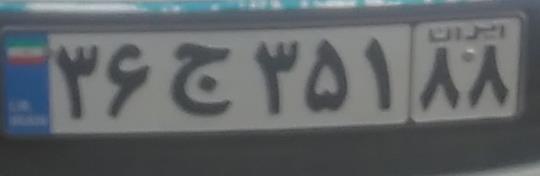
۳۶ج۳۵۱۸۸